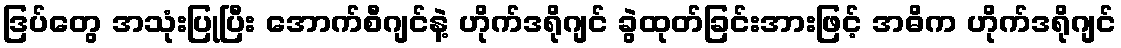
ဒြပ်တွေ အသုံးပြုပြီး အောက်စီဂျင်နဲ့ ဟိုက်ဒရိုဂျင် ခွဲထုတ်ခြင်းအားဖြင့် အဓိက ဟိုက်ဒရိုဂျင်